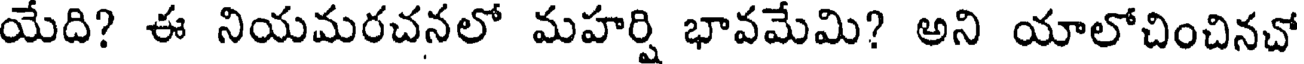
యేది? ఈ నియమరచనలో మహర్షి భావమేమి? అని యాలోచించినచో